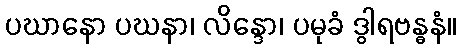
ပဃာနော ပဃနာ၊ လိန္ဒော၊ ပမုခံ ဒွါရဗန္ဓနံ။